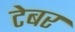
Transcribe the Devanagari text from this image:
टेबर